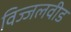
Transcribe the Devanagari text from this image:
विज्जलवीड